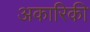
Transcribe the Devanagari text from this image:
अकारिकी